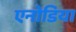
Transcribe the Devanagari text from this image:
एनोडिया